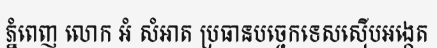
ភ្នំពេញ លោក អំ សំអាត ប្រធានបច្ចេកទេសស៊ើបអង្កេត